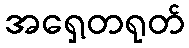
အရှေ့တရုတ်